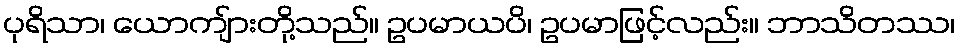
ပုရိသာ၊ ယောကျ်ားတို့သည်။ ဥပမာယပိ၊ ဥပမာဖြင့်လည်း။ ဘာသိတဿ၊